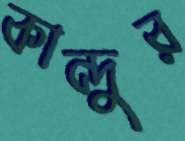
কান্দুর